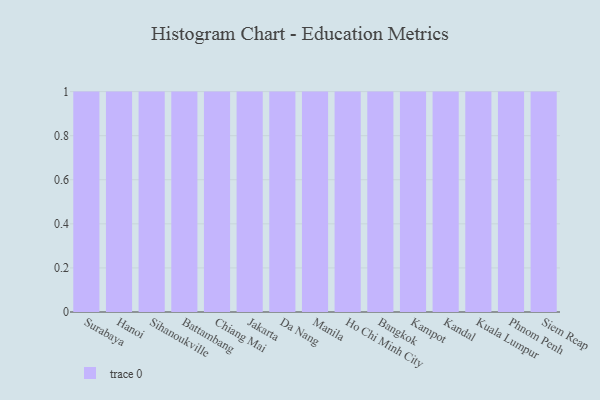
{"axis": {"x": "City", "y": "Market Share (%)"}, "legend": [""], "data": [{"x": "Surabaya", "y": 83, "type": ""}, {"x": "Hanoi", "y": 93, "type": ""}, {"x": "Sihanoukville", "y": 17, "type": ""}, {"x": "Battambang", "y": 74, "type": ""}, {"x": "Chiang Mai", "y": 76, "type": ""}, {"x": "Jakarta", "y": 62, "type": ""}, {"x": "Da Nang", "y": 97, "type": ""}, {"x": "Manila", "y": 46, "type": ""}, {"x": "Ho Chi Minh City", "y": 1, "type": ""}, {"x": "Bangkok", "y": 19, "type": ""}, {"x": "Kampot", "y": 60, "type": ""}, {"x": "Kandal", "y": 38, "type": ""}, {"x": "Kuala Lumpur", "y": 26, "type": ""}, {"x": "Phnom Penh", "y": 27, "type": ""}, {"x": "Siem Reap", "y": 65, "type": ""}]}